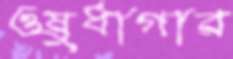
ওষুধাগার